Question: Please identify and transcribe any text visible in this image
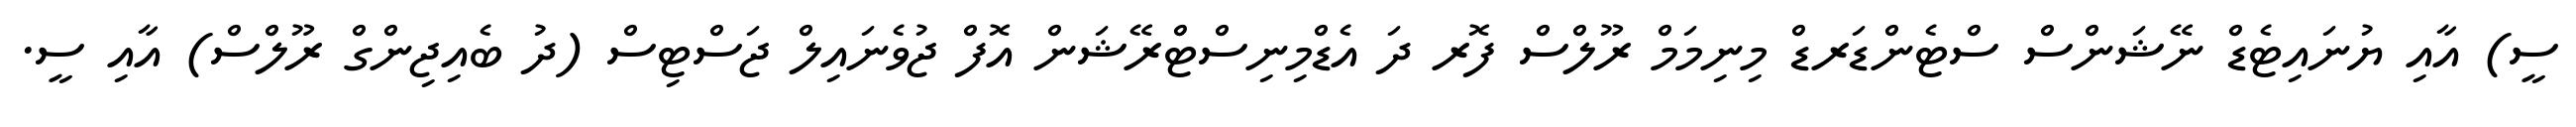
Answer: ސީ) އާއި ޔުނައިޓެޑް ނޭޝަންސް ސްޓެންޑަރޑް މިނިމަމް ރޫލްސް ފޮރ ދަ އެޑްމިނިސްޓްރޭޝަން އޮފް ޖުވެނައިލް ޖަސްޓިސް (ދު ބެއިޖިންގް ރޫލްސް) އާއި ސީ.